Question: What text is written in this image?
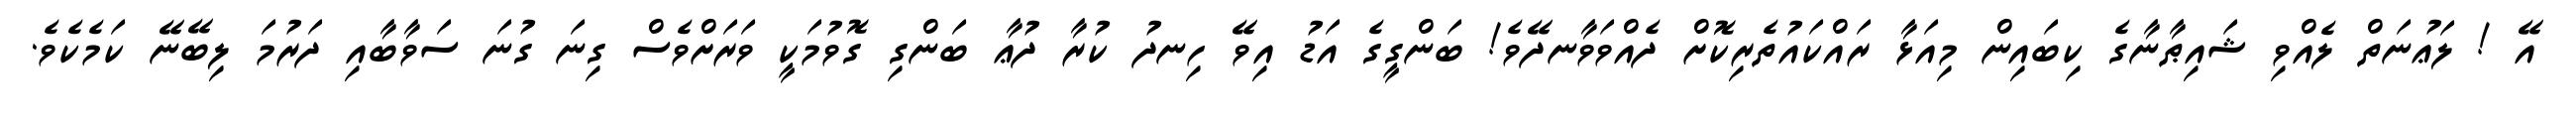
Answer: އޭ ! ލަޢުނަތް ލެއްވި ޝައިޠާނާގެ ކިބައިން މިއަޅާ ރައްކައުތެރިކޮށް ދެއްވަވާނދޭވެ! ބަންގީގެ އަޑު އިވޭ ހިނދު ކުރާ ދުޢާ ބަންގި ގޮވުމަކީ ވަރަށްވެސް ގިނަ ގުނަ ސަވާބާއި ދަރުމަ ލިބޭނޭ ކަމެކެވެ.